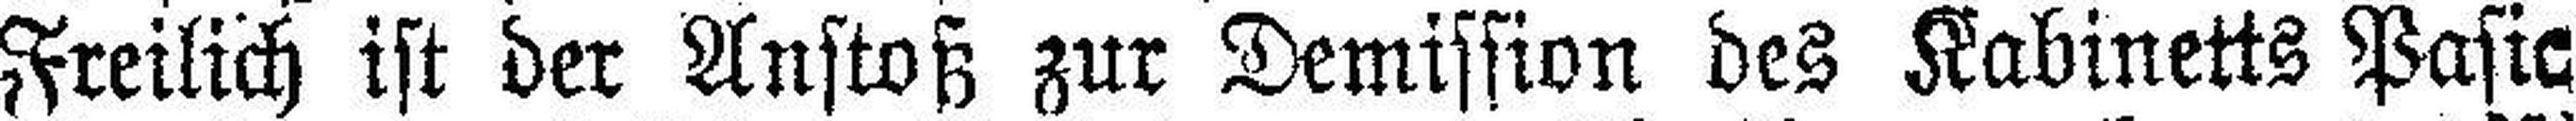
Freilich ist der Anstoß zur Demission des Kabinetts Pasic